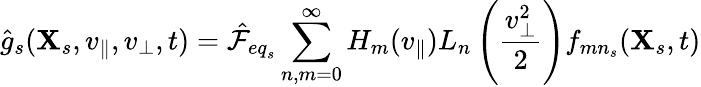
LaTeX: \hat{g}_{s}(\textbf{X}_{s},v_{\parallel},v_{\perp},t)=\hat{\mathcal{F}}_{{eq}_{s}}\sum_{n,m=0}^{\infty}H_{m}(v_{\parallel})L_{n}\left(\frac{v_{\perp}^{2}}{2}\right)f_{mn_{s}}(\textbf{X}_{s},t)